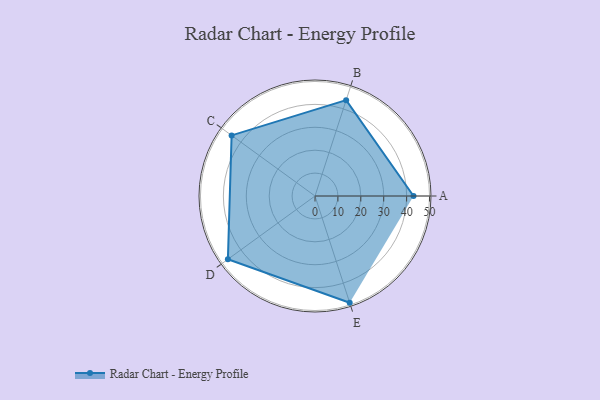
{"axis": {"x": "Skill", "y": "Score"}, "legend": ["Profile"], "data": [{"x": "A", "y": 43.0, "type": "Profile"}, {"x": "B", "y": 44.0, "type": "Profile"}, {"x": "C", "y": 45.0, "type": "Profile"}, {"x": "D", "y": 47.0, "type": "Profile"}, {"x": "E", "y": 49.0, "type": "Profile"}]}